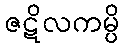
ဇဋိလကမ္ပိ